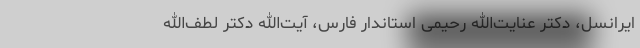
ایرانسل، دکتر عنایت‌الله رحیمی استاندار فارس، آیت‌الله دکتر لطف‌الله